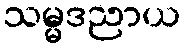
သမ္မဒညာယ